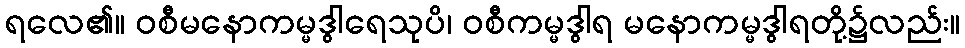
ရလေ၏။ ဝစီမနောကမ္မဒွါရေသုပိ၊ ဝစီကမ္မဒွါရ မနောကမ္မဒွါရတို့၌လည်း။